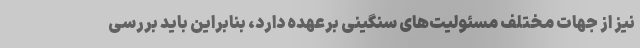
نیز از جهات مختلف مسئولیت‌های سنگینی برعهده دارد، بنابراین باید بررسی